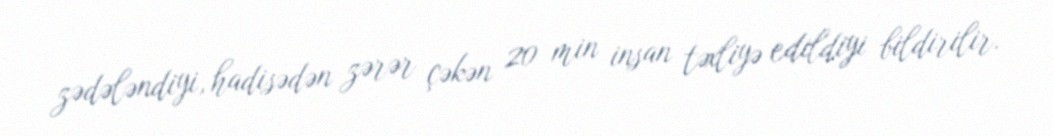
zədələndiyi, hadisədən zərər çəkən 20 min insan təxliyə edildiyi bildirilir.